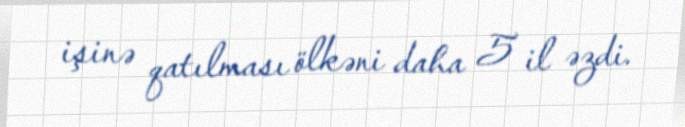
işinə qatılması ölkəni daha 5 il əzdi.